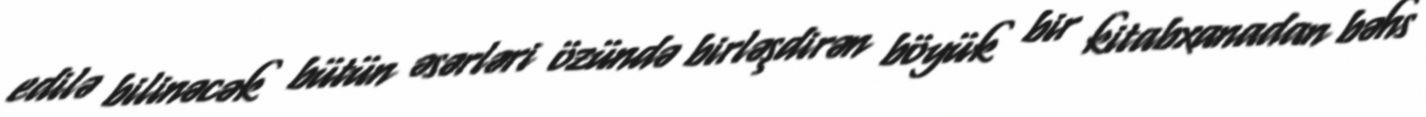
edilə bilinəcək bütün əsərləri özündə birləşdirən böyük bir kitabxanadan bəhs